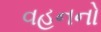
વહનનો